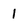
Character: 1